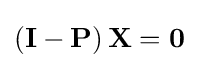
\left(\mathbf {I} -\mathbf {P} \right)\mathbf {X} =\mathbf {0}